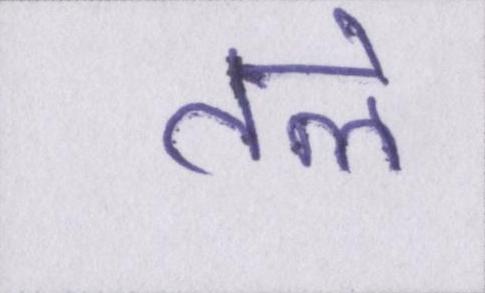
तले